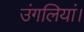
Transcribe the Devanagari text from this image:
उंगलियां।